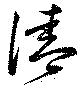
清